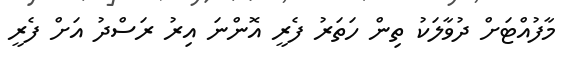
މާފުއްޓަށް ދުވާލަކު ތިން ހަތަރު ފެރީ އޮންނަ އިރު ރަސްދު އަށް ފެރީ